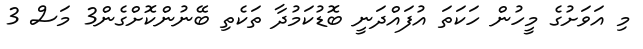
މި އަވަށުގެ މީހުން ހަކަތަ އުފައްދަނީ ބޮޑުކަމުދާ ތަކެތި ބޭނުންކޮށްގެން3 މަސް 3